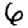
Digit: 6